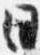
日